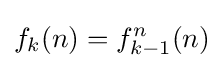
f_{k}(n)=f_{k-1}^{n}(n)